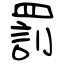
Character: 罰